Vaccination in the Punjab 1919-1929 - 1919-1929
Year: 1919
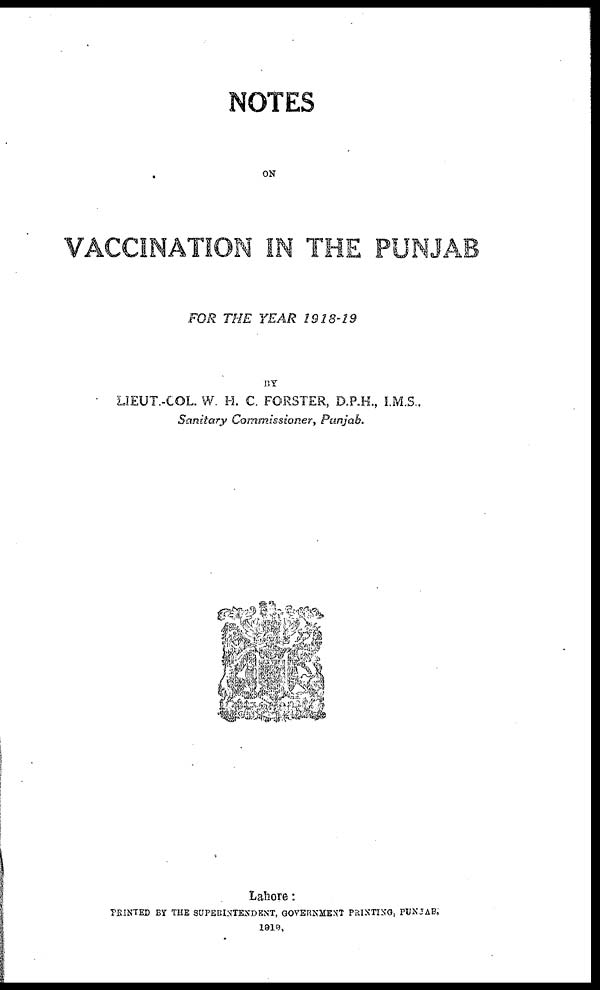
NOTES
ON
VACCINATION IN THE PUNJAB
FOR THE YEAR 1918-19
BY
LIEUT.-COL. W. H. C. FORSTER, D.P.H., I.M.S.,
Sanitary Commissioner,
Punjab.
Lahore:
PRINTED BY THE SUPEIRINTENDENT, GOVERNMENT PRINTING, PUNJAB,
1919.